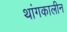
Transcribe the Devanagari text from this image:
थांगकालीन